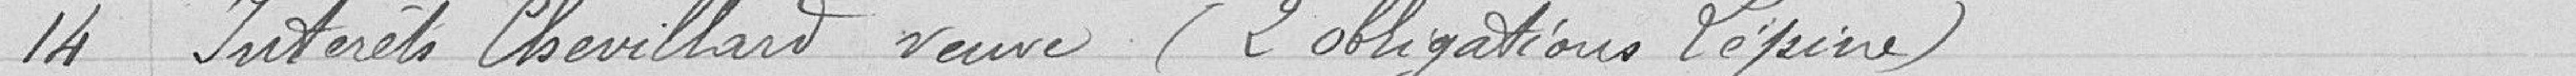
14 Intérêts Chevillard veuve (2 obligations Lépine)